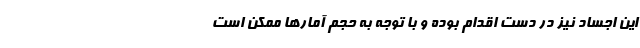
این اجساد نیز در دست اقدام بوده و با توجه به حجم آمارها ممکن است